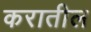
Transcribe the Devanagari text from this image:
करातील